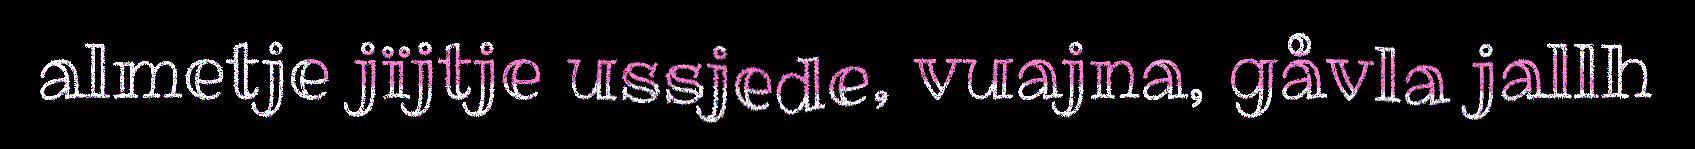
almetje jïjtje ussjede, vuajna, gåvla jallh